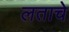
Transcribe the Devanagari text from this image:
लताचे